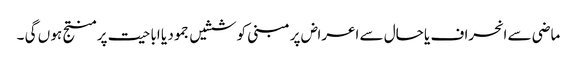
ماضی سے انحراف یا حال سے اعراض پر مبنی کوششیں جمود یا اباحیت پر منتج ہو ں گی ۔